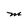
Character: M